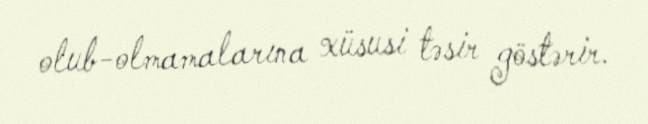
olub-olmamalarına xüsusi təsir göstərir.